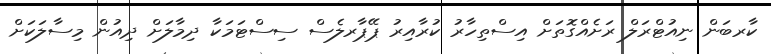
ކާރބަން ނިއުޓްރަލް ރަށެއްގޮތަށް އިސްތިހާރު ކުރާއިރު ޕޭޕާރލެސް ސިސްޓަމަކާ ދިމާލަށް ދިއުން މިސާލަކަށް